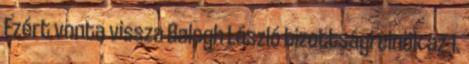
Ezért vonta vissza Balogh László bizottsági elnök az 1.